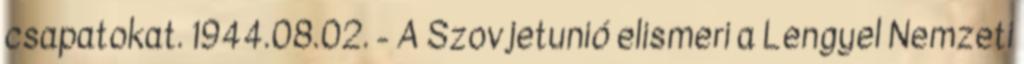
csapatokat. 1944.08.02. - A Szovjetunió elismeri a Lengyel Nemzeti